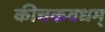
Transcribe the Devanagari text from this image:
कीचकवधम्